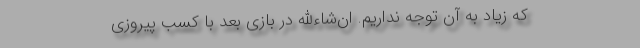
که زیاد به آن توجه نداریم. ان‌شاء‌الله در بازی بعد با کسب پیروزی